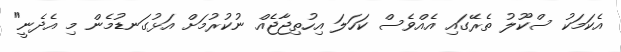
އެކަމަކު ސްކޫލު ތެރޭގައި އެއްވެސް ކަހަލަ އިހުތިޖާޖެއް ނުކުރުމަށް އަޅުގަނޑުމެން މި އެދެނީ"